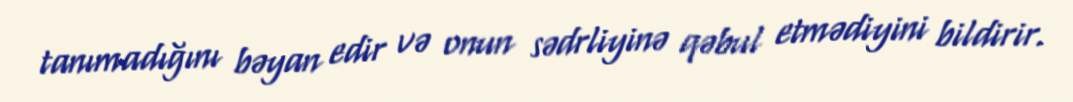
tanımadığını bəyan edir və onun sədrliyinə qəbul etmədiyini bildirir.